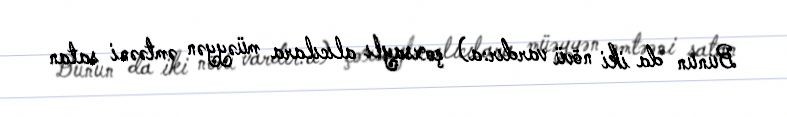
Bunun da iki növü vardır:a) çoxsaylı alıcılara müəyyən əmtəəni satan